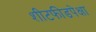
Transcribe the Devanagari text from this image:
शीटफीडपेक्षा